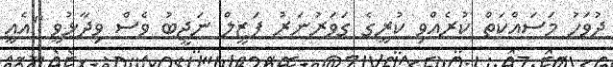
ދުވަހު މަސައްކަތް ކުރެއްވި ކުރީގެ ގަވަރުނަރު ފަޒީލް ނަޖީބު ވެސް ވިދާޅުވީ "އެއީ